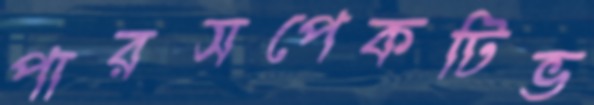
পারসপেকটিভ